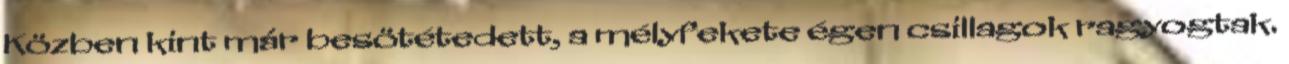
Közben kint már besötétedett, a mélyfekete égen csillagok ragyogtak.